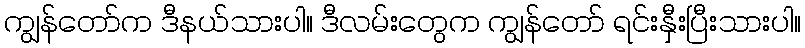
ကျွန်တော်က ဒီနယ်သားပါ။ ဒီလမ်းတွေက ကျွန်တော် ရင်းနှီးပြီးသားပါ။